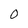
Character: O